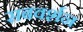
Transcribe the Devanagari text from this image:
सबवर्शन